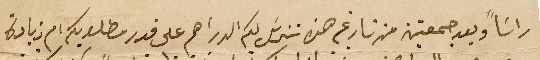
راسَاً وبعد جمعتين من تاريخه هذا سَنرسَل لكم الدراهم على قدر مطلوبكم ام زيادة